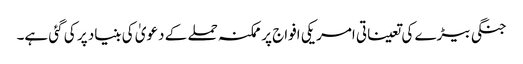
جنگی بیڑے کی تعیناتی امریکی افواج پر ممکنہ حملے کے دعویٰ کی بنیاد پر کی گئی ہے۔